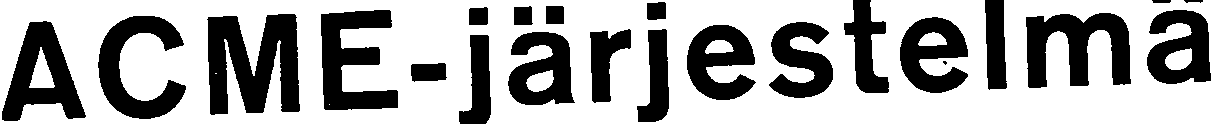
ACME-järjestelma